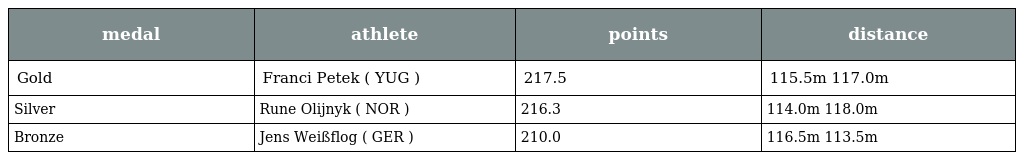
| medal | athlete | points | distance |
 | --- | --- | --- | --- |
 | Gold | Franci Petek ( YUG ) | 217.5 | 115.5m 117.0m |
 | Silver | Rune Olijnyk ( NOR ) | 216.3 | 114.0m 118.0m |
 | Bronze | Jens Weißflog ( GER ) | 210.0 | 116.5m 113.5m |